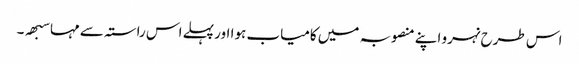
اس طرح نہرو اپنے منصوبہ میں کامیاب ہوا اور پہلے اس راستہ سے مہاسبھہ ۔